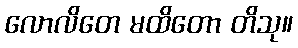
လောလိတေ မထိတော တိသု။